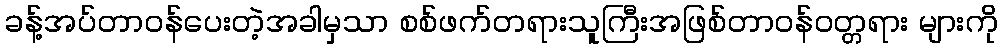
ခန့်အပ်တာဝန်ပေးတဲ့အခါမှသာ စစ်ဖက်တရားသူကြီးအဖြစ်တာဝန်ဝတ္တရား များကို